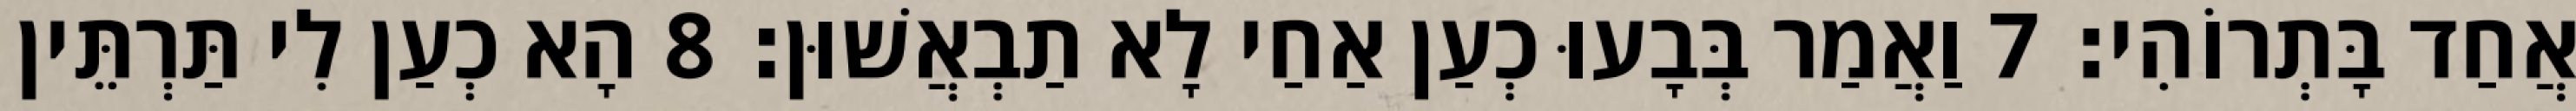
אֲחַד בָּתְרוֹהִי׃ 7 וַאֲמַר בְּבָעוּ כְעַן אַחַי לָא תַבְאֲשׁוּן׃ 8 הָא כְעַן לִי תַּרְתֵּין